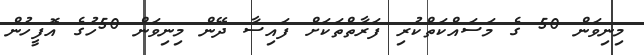
މިނިވަން 50 ގެ މަސައްކަތްކުރި ފަރާތްތަކަށް ފައިސާ ދޭން މިނިވަން 50ހުގެ އޮފީހުން